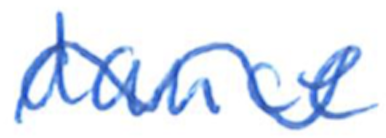
Text: dance
Cross-out: wave
Writing tool: ballpoint